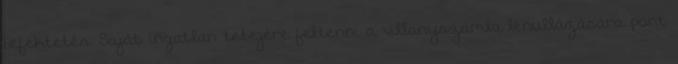
befektetés. Saját ingatlan tetejére feltenni a villanyszámla lenullázására pont